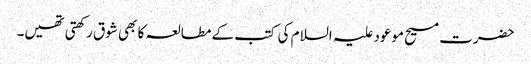
حضرت مسیح موعود علیہ السلام کی کتب کے مطالعہ کا بھی شوق رکھتی تھیں۔